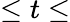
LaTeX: \leq t\leq